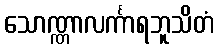
သောဏ္ဏာလင်္ကာရဘူသိတံ